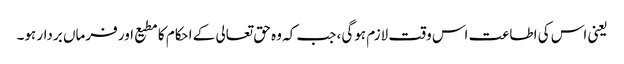
یعنی اس کی اطاعت اس وقت لازم ہوگی، جب کہ وہ حق تعالی کے احکام کا مطیع اور فرماں بردار ہو۔